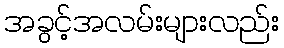
အခွင့်အလမ်းများလည်း